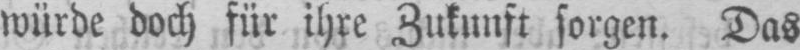
würde doch für ihre Zukunft sorgen. Das